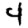
Digit: 4